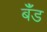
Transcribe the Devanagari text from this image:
बॅँंड